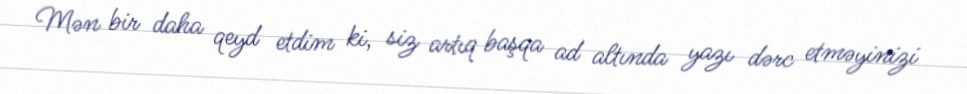
Mən bir daha qeyd etdim ki, siz artıq başqa ad altında yazı dərc etməyinizi